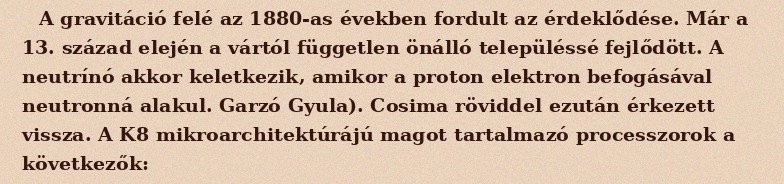
A gravitáció felé az 1880-as években fordult az érdeklődése. Már a 13. század elején a vártól független önálló településsé fejlődött. A neutrínó akkor keletkezik, amikor a proton elektron befogásával neutronná alakul. Garzó Gyula). Cosima röviddel ezután érkezett vissza. A K8 mikroarchitektúrájú magot tartalmazó processzorok a következők: